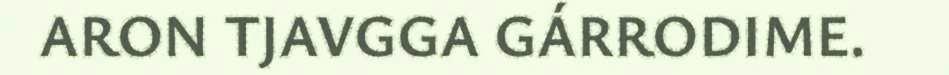
ARON TJAVGGA GÁRRODIME.